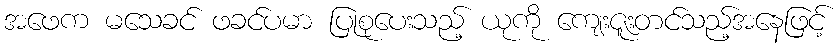
အဖေက မသေခင် ဖခင်ပမာ ပြုစုပေးသည့် ယုကို ကျေးဇူးတင်သည့်အနေဖြင့်